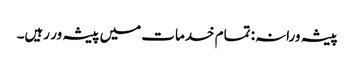
پیشہ ورانہ: تمام خدمات میں پیشہ ور رہیں۔